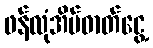
ဖန်လုံအိမ်ဓာတ်ငွေ့